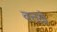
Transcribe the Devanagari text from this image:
बत्तख़ें